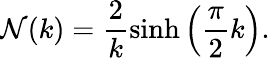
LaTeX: {\cal N}(k)=\frac{2}{k}\sinh\left(\frac{\pi}{2}k\right).